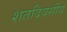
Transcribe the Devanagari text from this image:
शतदिवसीय